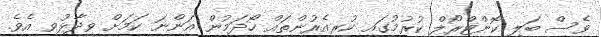
ވެސް ބަލި ކޮންޓްރޯލް ކުރުމުގައި ކުރިއެރުންތައް ހޯދަމުން އަންނަ ކަމަށް ވިދާޅުވި އެވެ.